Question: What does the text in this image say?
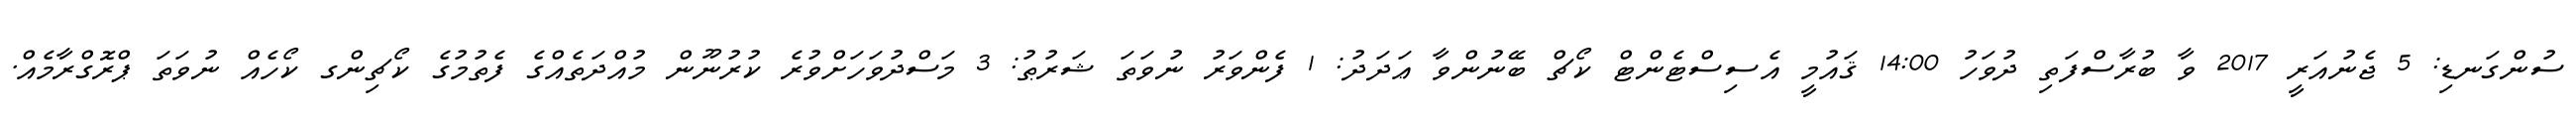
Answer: ސުންގަނޑި: 5 ޖެނުއަރީ 2017 ވާ ބުރާސްފަތި ދުވަހު 14:00 ޤައުމީ އެސިސްޓެންޓް ކޯޗް ބޭނުންވާ ޢަދަދު: 1 ފެންވަރު ނުވަތަ ޝަރުޠު: 3 މަސްދުވަހަށްވުރެ ކުރުނޫން މުއްދަތެއްގެ ފެތުމުގެ ކޯޗިންގ ކޯހެއް ނުވަތަ ޕްރޮގްރާމެއް.